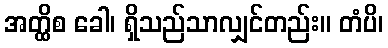
အတ္ထိစ ခေါ၊ ရှိသည်သာလျှင်တည်း။ တံပိ၊